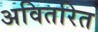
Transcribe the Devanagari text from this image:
अवितरित